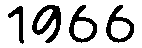
1966